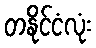
တနိုင်ငံလုံး